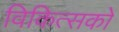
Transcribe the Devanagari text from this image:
विकित्सकों